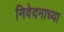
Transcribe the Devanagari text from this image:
निवेदनाच्या